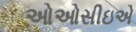
ઓઓસીઇએ